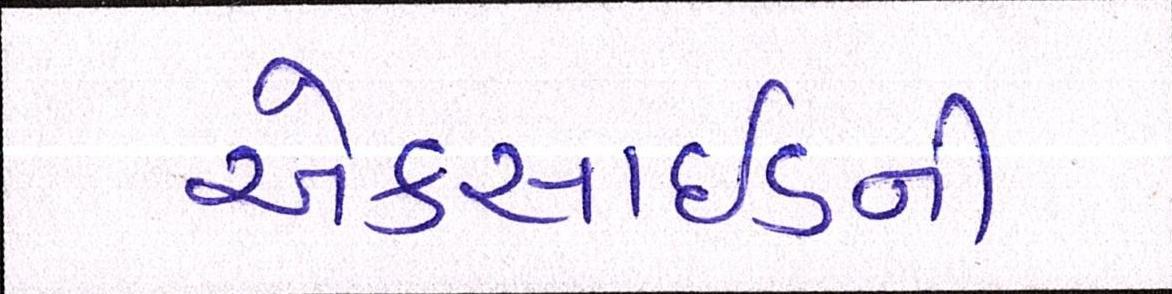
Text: એક્સાઇડની